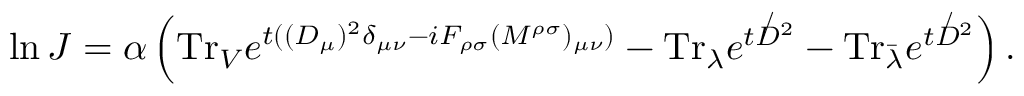
\ln J = \alpha \left( \mathrm { T r } _ { V } e ^ { t ( ( D _ { \mu } ) ^ { 2 } \delta _ { \mu \nu } - i F _ { \rho \sigma } ( M ^ { \rho \sigma } ) _ { \mu \nu } ) } - \mathrm { T r } _ { \lambda } e ^ { t { \not D } ^ { 2 } } - \mathrm { T r } _ { \bar { \lambda } } e ^ { t { \not D } ^ { 2 } } \right) .